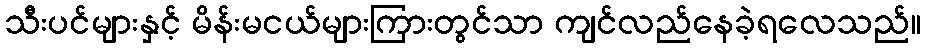
သီးပင်များနှင့် မိန်းမငယ်များကြားတွင်သာ ကျင်လည်နေခဲ့ရလေသည်။